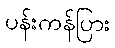
ပန်းကန်ပြား